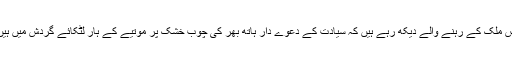
اس ملک کے رہنے والے دیکھ رہے ہیں کہ سیادت کے دعوے دار ہاتھ بھر کی چوب خشک پر موتیے کے ہار لٹکائے گردش میں ہیں۔